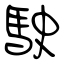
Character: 駛